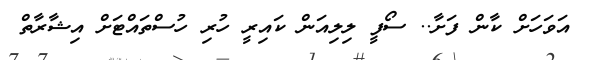
އަވަހަށް ކާން ފަށާ.. ސޯފީ ލިލިއަން ކައިރީ ހުރި ހުސްތައްޓަށް އިޝާރާތް